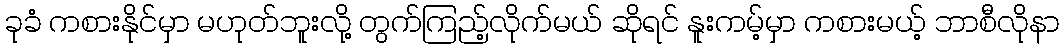
ခုခံ ကစားနိုင်မှာ မဟုတ်ဘူးလို့ တွက်ကြည့်လိုက်မယ် ဆိုရင် နူးကမ့်မှာ ကစားမယ့် ဘာစီလိုနာ